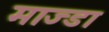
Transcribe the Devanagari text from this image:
माज्डा